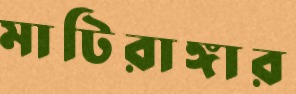
মাটিরাঙ্গার